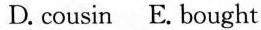
D. cousin E. bought